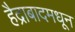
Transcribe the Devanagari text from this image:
हैद्राबादमधून